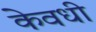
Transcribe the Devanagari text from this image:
केवधी